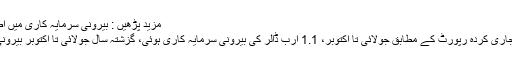
مزید پڑھیں : بیرونی سرمایہ کاری میں‌ اضافہ، اسٹیٹ بینک نے رپورٹ جاری کردی
واضح رہے کہ اسٹیٹ بینک کی جانب سے جاری کردہ رپورٹ کے مطابق جولائی تا اکتوبر، 1.1 ارب ڈالر کی بیرونی سرمایہ کاری ہوئی، گزشتہ سال جولائی تا اکتوبر بیرونی سرمایہ کاری 7.75 کروڑ ڈالر منفی تھی۔